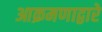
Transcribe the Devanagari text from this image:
आक्रमणाद्वारे